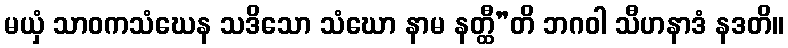
မယှံ သာဝကသံဃေန သဒိသော သံဃော နာမ နတ္ထီ”တိ ဘဂဝါ သီဟနာဒံ နဒတိ။